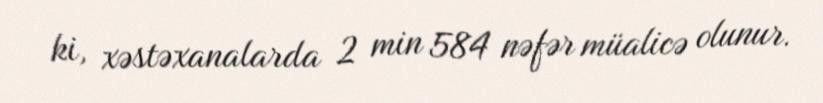
ki, xəstəxanalarda 2 min 584 nəfər müalicə olunur.